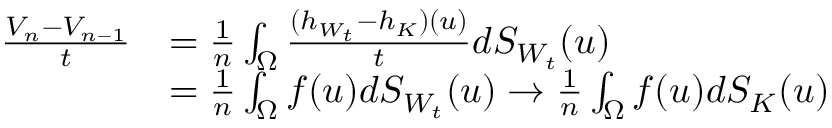
\begin{array} { r l } { \frac { V _ { n } - V _ { n - 1 } } { t } } & { = \frac { 1 } { n } \int _ { \Omega } \frac { ( h _ { W _ { t } } - h _ { K } ) ( u ) } { t } d S _ { W _ { t } } ( u ) } \\ & { = \frac { 1 } { n } \int _ { \Omega } f ( u ) d S _ { W _ { t } } ( u ) \to \frac { 1 } { n } \int _ { \Omega } f ( u ) d S _ { K } ( u ) } \end{array}